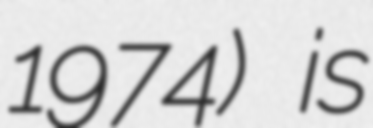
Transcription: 1974) is